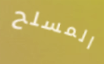
المسلح